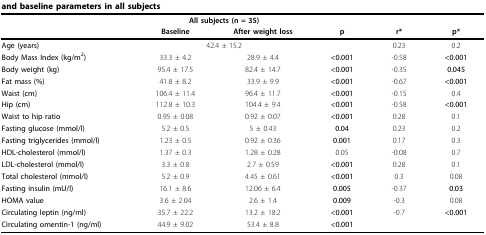
<table><thead><tr><td></td><td colspan="2"><b>All subjects (n = 35)</b></td><td></td><td></td><td></td></tr><tr><td></td><td><b>Baseline</b></td><td><b>After weight loss</b></td><td><b>p</b></td><td><b>r*</b></td><td><b>p*</b></td></tr></thead><tbody><tr><td><b>Age (years)</b></td><td colspan="2">42.4 ± 15.2</td><td></td><td>0.23</td><td>0.2</td></tr><tr><td><b>Body Mass Index (kg/m<sup>2</sup>)</b></td><td>33.3 ± 4.2</td><td>28.9 ± 4.4</td><td><b>&lt;0.001</b></td><td>-0.58</td><td><b>&lt;0.001</b></td></tr><tr><td><b>Body weight (kg)</b></td><td>95.4 ± 17.5</td><td>82.4 ± 14.7</td><td><b>&lt;0.001</b></td><td>-0.35</td><td><b>0.045</b></td></tr><tr><td><b>Fat mass (%)</b></td><td>41.8 ± 8.2</td><td>33.9 ± 9.9</td><td><b>&lt;0.001</b></td><td>-0.67</td><td><b>&lt;0.001</b></td></tr><tr><td><b>Waist (cm)</b></td><td>106.4 ± 11.4</td><td>96.4 ± 11.7</td><td><b>&lt;0.001</b></td><td>-0.15</td><td>0.4</td></tr><tr><td><b>Hip (cm)</b></td><td>112.8 ± 10.3</td><td>104.4 ± 9.4</td><td><b>&lt;0.001</b></td><td>-0.58</td><td><b>&lt;0.001</b></td></tr><tr><td><b>Waist to hip ratio</b></td><td>0.95 ± 0.08</td><td>0.92 ± 0.07</td><td><b>&lt;0.001</b></td><td>0.28</td><td>0.1</td></tr><tr><td><b>Fasting glucose (mmol/l)</b></td><td>5.2 ± 0.5</td><td>5 ± 0.43</td><td><b>0.04</b></td><td>0.23</td><td>0.2</td></tr><tr><td><b>Fasting triglycerides (mmol/l)</b></td><td>1.23 ± 0.5</td><td>0.92 ± 0.36</td><td><b>0.001</b></td><td>0.17</td><td>0.3</td></tr><tr><td><b>HDL-cholesterol (mmol/l)</b></td><td>1.37 ± 0.3</td><td>1.28 ± 0.28</td><td>0.05</td><td>-0.08</td><td>0.7</td></tr><tr><td><b>LDL-cholesterol (mmol/l)</b></td><td>3.3 ± 0.8</td><td>2.7 ± 0.59</td><td><b>&lt;0.001</b></td><td>0.28</td><td>0.1</td></tr><tr><td><b>Total cholesterol (mmol/l)</b></td><td>5.2 ± 0.9</td><td>4.45 ± 0.61</td><td><b>&lt;0.001</b></td><td>0.3</td><td>0.08</td></tr><tr><td><b>Fasting insulin (mU/l)</b></td><td>16.1 ± 8.6</td><td>12.06 ± 6.4</td><td><b>0.005</b></td><td>-0.37</td><td><b>0.03</b></td></tr><tr><td><b>HOMA value</b></td><td>3.6 ± 2.04</td><td>2.6 ± 1.4</td><td><b>0.009</b></td><td>-0.3</td><td>0.08</td></tr><tr><td><b>Circulating leptin (ng/ml)</b></td><td>35.7 ± 22.2</td><td>13.2 ± 18.2</td><td><b>&lt;0.001</b></td><td>-0.7</td><td><b>&lt;0.001</b></td></tr><tr><td><b>Circulating omentin-1 (ng/ml)</b></td><td>44.9 ± 9.02</td><td>53.4 ± 8.8</td><td><b>&lt;0.001</b></td><td></td><td></td></tr></tbody></table>